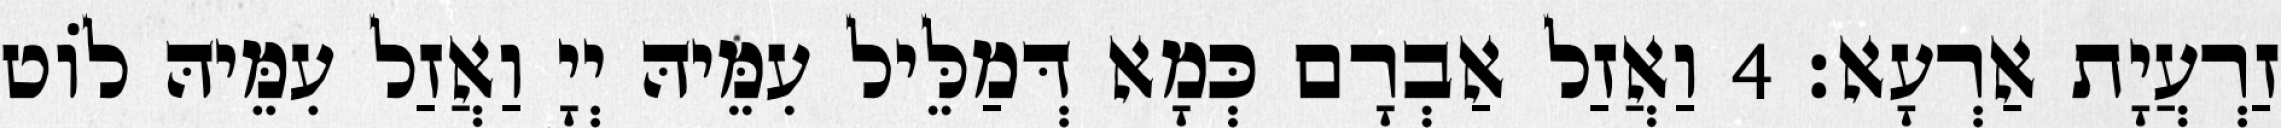
זַרְעֲיָת אַרְעָא׃ 4 וַאֲזַל אַבְרָם כְּמָא דְּמַלֵּיל עִמֵּיהּ יְיָ וַאֲזַל עִמֵּיהּ לוֹט